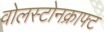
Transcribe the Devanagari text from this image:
वोलस्टोनक्राफ्ट